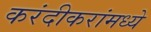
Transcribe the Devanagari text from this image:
करंदीकरांमध्ये